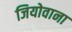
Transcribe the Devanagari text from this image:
जियोवाना